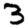
Digit: 3